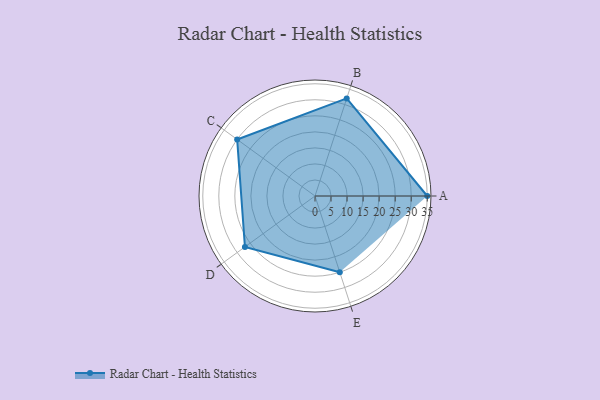
{"axis": {"x": "Skill", "y": "Score"}, "legend": ["Profile"], "data": [{"x": "A", "y": 35.0, "type": "Profile"}, {"x": "B", "y": 32.0, "type": "Profile"}, {"x": "C", "y": 30.0, "type": "Profile"}, {"x": "D", "y": 27.0, "type": "Profile"}, {"x": "E", "y": 25.0, "type": "Profile"}]}